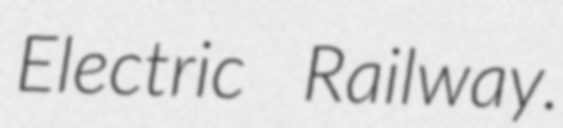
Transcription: Electric Railway.